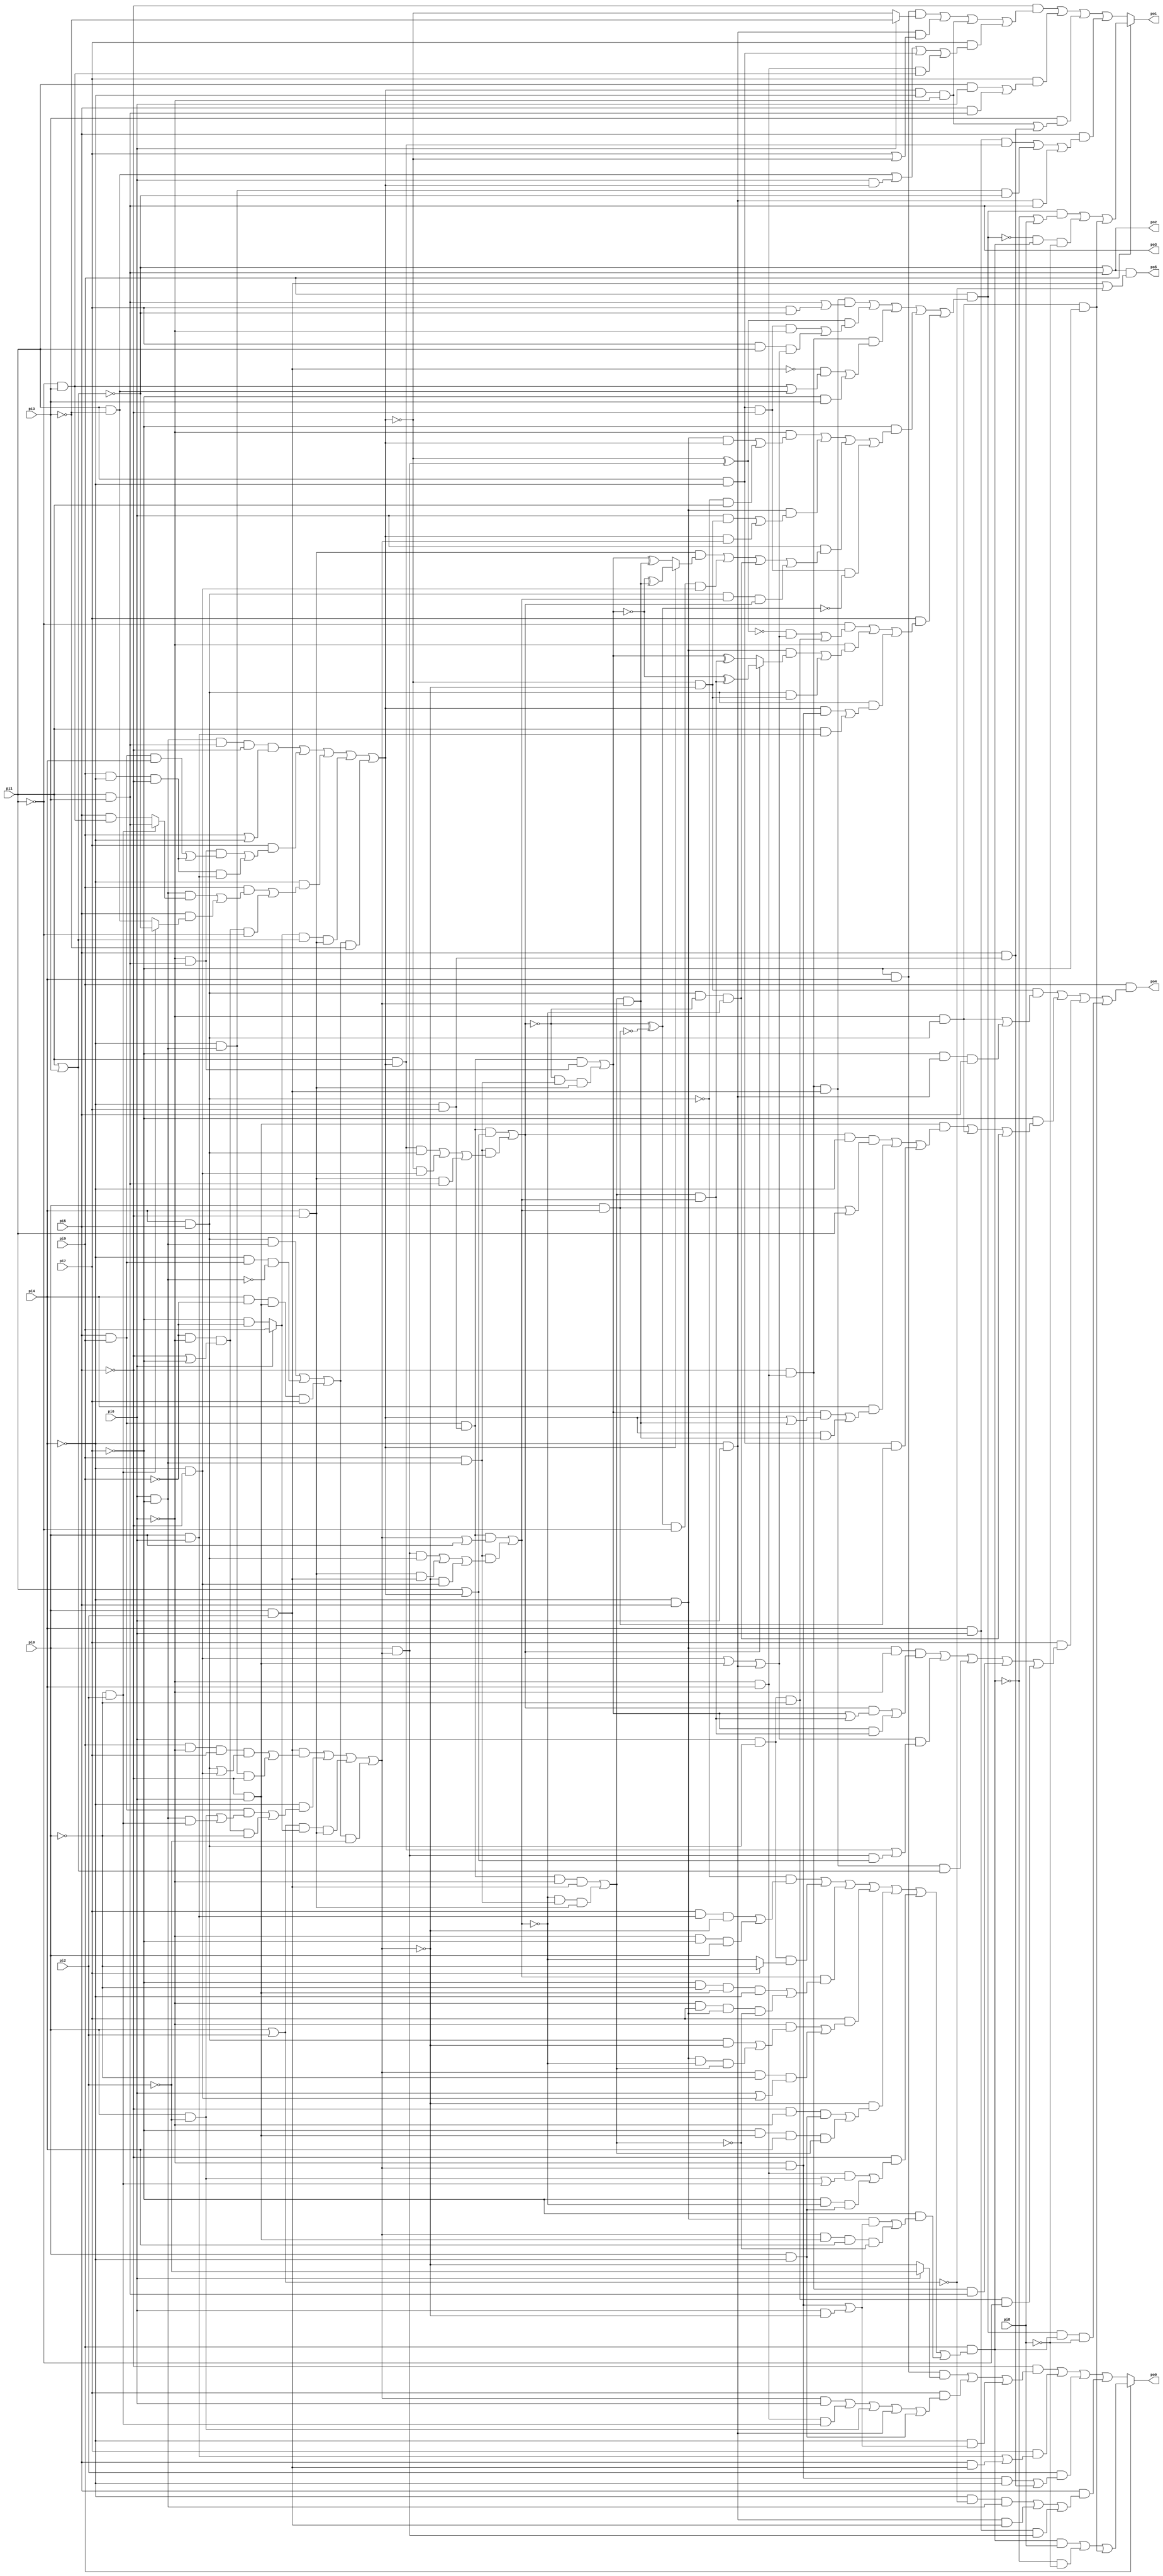
// Benchmark "alu4_cl" written by ABC on Thu Mar 19 13:02:36 2020

module alu4_cl ( 
    pi0, pi1, pi2, pi3, pi4, pi5, pi6, pi7, pi8, pi9,
    po0, po1, po2, po3, po4, po5  );
  input  pi0, pi1, pi2, pi3, pi4, pi5, pi6, pi7, pi8, pi9;
  output po0, po1, po2, po3, po4, po5;
  wire new_n23_, new_n24_, new_n25_, new_n26_, new_n27_, new_n28_, new_n29_,
    new_n30_, new_n31_, new_n32_, new_n33_, new_n34_, new_n35_, new_n36_,
    new_n37_, new_n38_, new_n39_, new_n40_, new_n41_, new_n42_, new_n43_,
    new_n44_, new_n45_, new_n46_, new_n47_, new_n48_, new_n49_, new_n50_,
    new_n51_, new_n52_, new_n53_, new_n54_, new_n55_, new_n56_, new_n57_,
    new_n58_, new_n59_, new_n60_, new_n61_, new_n62_, new_n63_, new_n64_,
    new_n65_, new_n66_, new_n67_, new_n68_, new_n69_, new_n70_, new_n71_,
    new_n72_, new_n73_, new_n74_, new_n75_;
  assign po0 = pi9 ? ((new_n26_ & pi8) | (~new_n26_ & ~pi8) | (new_n24_ & ~pi7)) : ((~pi5 & ((~pi7 & pi4 & (pi6 ? ~pi2 : ~new_n58_)) | (pi7 & ((new_n58_ & pi6) | (new_n46_ & new_n62_) | new_n63_ | new_n28_ | new_n64_)) | (~pi4 & new_n61_))) | (pi7 & (new_n60_ | (pi5 & new_n52_))) | (pi2 & ((new_n59_ & ~pi4) | (pi5 & new_n50_))) | (pi5 & ((~pi4 & ~new_n65_ & new_n49_) | (new_n28_ & new_n52_) | (pi4 & pi6 & new_n42_))));
  assign po1 = pi9 ? ((new_n25_ & (~new_n26_ | pi8)) | (~new_n25_ & new_n26_ & ~pi8) | (new_n24_ & ~pi7)) : ((~pi5 & ((~pi7 & pi4 & (pi6 ? ~pi3 : ~new_n43_)) | (new_n28_ & (pi7 | ~new_n43_)) | new_n45_ | (pi7 & (new_n47_ | (pi6 & new_n43_) | new_n30_ | (new_n46_ & new_n48_))))) | (pi7 & ((pi1 & pi6) | (pi5 & po3))) | (pi3 & (new_n45_ | (pi5 & new_n50_))) | (pi5 & ((pi6 & pi4 & new_n41_) | (~pi4 & new_n49_ & ~new_n36_) | (new_n28_ & po3))));
  assign po2 = ~new_n36_ | po3;
  assign po3 = pi1 & pi3;
  assign po4 = pi9 & ((new_n23_ & (new_n24_ | (~pi7 & new_n28_ & pi5))) | (~pi7 & ((new_n27_ & ((new_n31_ & ~pi4 & (new_n32_ | pi1)) | (pi4 & ((new_n39_ & (new_n43_ | new_n44_)) | (new_n43_ & new_n44_))) | (new_n30_ & new_n32_))) | new_n24_ | new_n29_)) | (pi7 & ((new_n34_ & ~pi6 & ((new_n31_ & (new_n39_ | new_n40_)) | (new_n39_ & new_n40_))) | (new_n35_ & (new_n41_ | (new_n42_ & (pi1 | new_n43_)))) | (new_n33_ & new_n36_) | (new_n38_ & po3) | (new_n37_ & ~pi0 & ~pi1))) | (new_n25_ & new_n26_ & ~pi8));
  assign po5 = po2 & (new_n52_ | ~new_n65_);
  assign new_n23_ = ~new_n43_ & ~new_n58_;
  assign new_n24_ = ~pi6 & new_n54_;
  assign new_n25_ = pi9 & ((new_n33_ & (po3 | (pi7 & ~new_n36_))) | (new_n51_ & ((new_n30_ & ~pi5 & ~pi6) | (pi7 & pi1 & new_n35_))) | (new_n38_ & ((~new_n52_ & (new_n48_ | new_n47_)) | (~pi7 & pi3))) | (~pi7 & ((~pi6 & ((new_n34_ & new_n43_) | (~new_n54_ & pi1))) | (new_n34_ & ((pi6 & new_n23_) | (new_n43_ & new_n58_))) | (pi6 & ((new_n56_ & (new_n43_ ? (~new_n39_ ^ new_n44_) : (new_n39_ ^ new_n44_))) | (new_n53_ & ~pi1 & new_n55_) | new_n29_ | (new_n54_ & new_n57_ & new_n31_))) | (new_n30_ & ~pi5 & ~new_n53_))) | (pi7 & ((~pi1 & ((~new_n51_ & new_n35_) | (pi6 & new_n54_ & ~pi0))) | (~pi6 & ((new_n34_ & (new_n31_ ? (~new_n39_ ^ new_n40_) : (new_n39_ ^ new_n40_))) | (new_n54_ & new_n23_))) | (new_n54_ & ((new_n43_ & new_n59_) | (pi1 & new_n60_))))));
  assign new_n26_ = pi9 & ((~new_n54_ & ((pi7 & new_n60_ & ~new_n58_) | (~pi6 & ~pi7 & pi0))) | (new_n37_ & (pi7 ? ~pi0 : ~new_n57_)) | (new_n57_ & ((~pi7 & ~pi0 & new_n27_ & ~pi4) | (~pi6 & pi7 & new_n34_ & ~new_n66_))) | (pi7 & ((~pi6 & ((new_n54_ & ~new_n58_) | (new_n34_ & ~new_n57_ & new_n66_))) | (new_n58_ & ~pi0 & (pi6 | new_n55_)))) | (~new_n58_ & ((~pi5 & ~pi6 & new_n64_) | (~pi7 & new_n27_ & pi4 & new_n66_))) | (~pi5 & ((~pi6 & pi4 & (new_n63_ | new_n62_)) | (~pi7 & ~new_n57_ & new_n64_))) | (~pi7 & ((new_n34_ & new_n61_) | (new_n58_ & new_n27_ & pi4 & ~new_n66_))));
  assign new_n27_ = ~pi5 & pi6;
  assign new_n28_ = ~pi4 & pi6;
  assign new_n29_ = new_n54_ & ~new_n31_ & ~new_n57_;
  assign new_n30_ = pi1 & ~pi4;
  assign new_n31_ = (new_n67_ & (new_n43_ | pi1)) | (new_n69_ & ((new_n41_ & new_n54_) | (~new_n43_ & new_n55_) | (new_n56_ & po3)));
  assign new_n32_ = pi0 & new_n57_;
  assign new_n33_ = new_n38_ & new_n52_;
  assign new_n34_ = ~pi4 & pi5;
  assign new_n35_ = new_n55_ | new_n27_ | new_n28_;
  assign new_n36_ = pi1 | pi3;
  assign new_n37_ = pi6 & new_n54_;
  assign new_n38_ = ~pi5 & new_n46_;
  assign new_n39_ = (new_n67_ & new_n68_) | (~new_n31_ & new_n69_ & new_n56_);
  assign new_n40_ = new_n66_ & new_n57_;
  assign new_n41_ = pi1 & new_n43_;
  assign new_n42_ = pi0 & new_n58_;
  assign new_n43_ = (new_n70_ & (pi9 | ~pi4)) | (pi7 & ((new_n68_ & ((new_n73_ & pi4) | (pi9 & ~pi4 & ~pi5))) | (pi9 & ~pi4 & ~pi5 & new_n60_))) | (~pi4 & ((pi9 & ((new_n75_ & (new_n62_ ? po3 : (pi5 & new_n48_))) | (pi5 & (new_n62_ ? ~new_n36_ : new_n47_)))) | (new_n74_ & ~pi1))) | (new_n71_ & new_n36_ & new_n56_) | (new_n72_ & ~pi3);
  assign new_n44_ = new_n66_ & new_n58_;
  assign new_n45_ = new_n43_ & ~pi4 & ~pi6;
  assign new_n46_ = pi4 & ~pi6;
  assign new_n47_ = pi1 & ~pi3;
  assign new_n48_ = ~pi1 & pi3;
  assign new_n49_ = pi6 & ~pi7;
  assign new_n50_ = ~pi4 & pi7;
  assign new_n51_ = ~new_n43_ ^ new_n42_;
  assign new_n52_ = pi0 & pi2;
  assign new_n53_ = ~new_n31_ ^ ~new_n32_;
  assign new_n54_ = pi4 & pi5;
  assign new_n55_ = ~pi4 & ~pi5;
  assign new_n56_ = pi4 & ~pi5;
  assign new_n57_ = (new_n67_ & (new_n58_ | pi0)) | (new_n69_ & ((new_n42_ & new_n54_) | (new_n56_ & new_n52_) | (~new_n58_ & new_n55_)));
  assign new_n58_ = (new_n52_ & ((pi9 & ~pi6 & pi7 & (new_n54_ | new_n55_)) | (~pi4 & new_n49_ & ~pi5))) | (~pi4 & ((new_n73_ & (new_n63_ | (new_n49_ & new_n62_))) | (new_n74_ & ~pi0))) | (new_n65_ & new_n71_ & new_n56_) | (new_n72_ & ~pi2);
  assign new_n59_ = ~pi6 & new_n58_;
  assign new_n60_ = pi0 & pi6;
  assign new_n61_ = new_n59_ | (pi6 & ~new_n58_);
  assign new_n62_ = ~pi0 & pi2;
  assign new_n63_ = pi0 & ~pi2;
  assign new_n64_ = pi0 & ~pi4;
  assign new_n65_ = pi0 | pi2;
  assign new_n66_ = (new_n67_ & ~pi6 & new_n52_) | (~new_n57_ & new_n69_ & new_n56_);
  assign new_n67_ = new_n73_ & new_n50_;
  assign new_n68_ = ~pi6 & po3;
  assign new_n69_ = pi9 & new_n49_;
  assign new_n70_ = new_n75_ & po3 & ~pi5;
  assign new_n71_ = pi6 ? pi9 : (~pi7 & ~pi9);
  assign new_n72_ = (new_n54_ & new_n49_) | (~pi4 & new_n73_ & ~new_n49_) | (pi4 & ~pi9 & new_n27_ & pi7);
  assign new_n73_ = pi5 & pi9;
  assign new_n74_ = ~pi9 & ~pi6 & (~pi5 | ~pi7);
  assign new_n75_ = pi6 & ~pi7;
endmodule